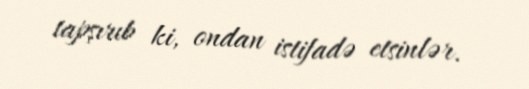
tapşırıb ki, ondan istifadə etsinlər.